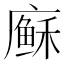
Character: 𢋈